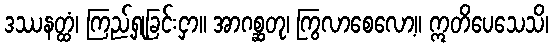
ဒဿနတ္ထံ၊ ကြည့်ရှုခြင်းငှာ။ အာဂစ္ဆတု၊ ကြွလာစေလော့။ ဣတိပေသေသိ၊